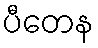
ပီတေန